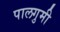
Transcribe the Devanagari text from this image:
पालगुमी